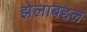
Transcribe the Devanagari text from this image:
झेलाबद्दल